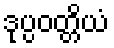
ဒုပ္ပဝတ္တိယံ